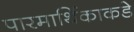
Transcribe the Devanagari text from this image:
पारमार्थिकाकडे